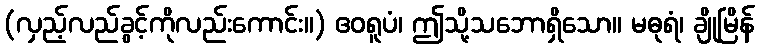
(လှည့်လည်ခွင့်ကိုလည်းကောင်း။) ဧဝရူပံ၊ ဤသို့သဘောရှိသော။ မဓုရံ၊ ချိုမြိန်